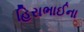
હિરાભાઈના